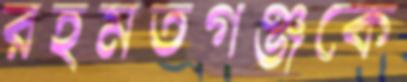
রহমতগঞ্জকে